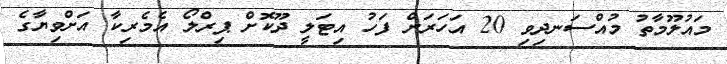
މައުލޫމާތު މުއްސަނދިވި 20 އަހަރަށް ފަހު އިޓަލީ ދޫކޮށް ޕިރްލޯ އެމެރިކާ އަށްވިޔާގެ